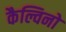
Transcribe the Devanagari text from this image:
कैल्विनो